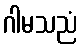
ဂါမသညံ